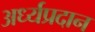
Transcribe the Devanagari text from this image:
अर्ध्यप्रदान